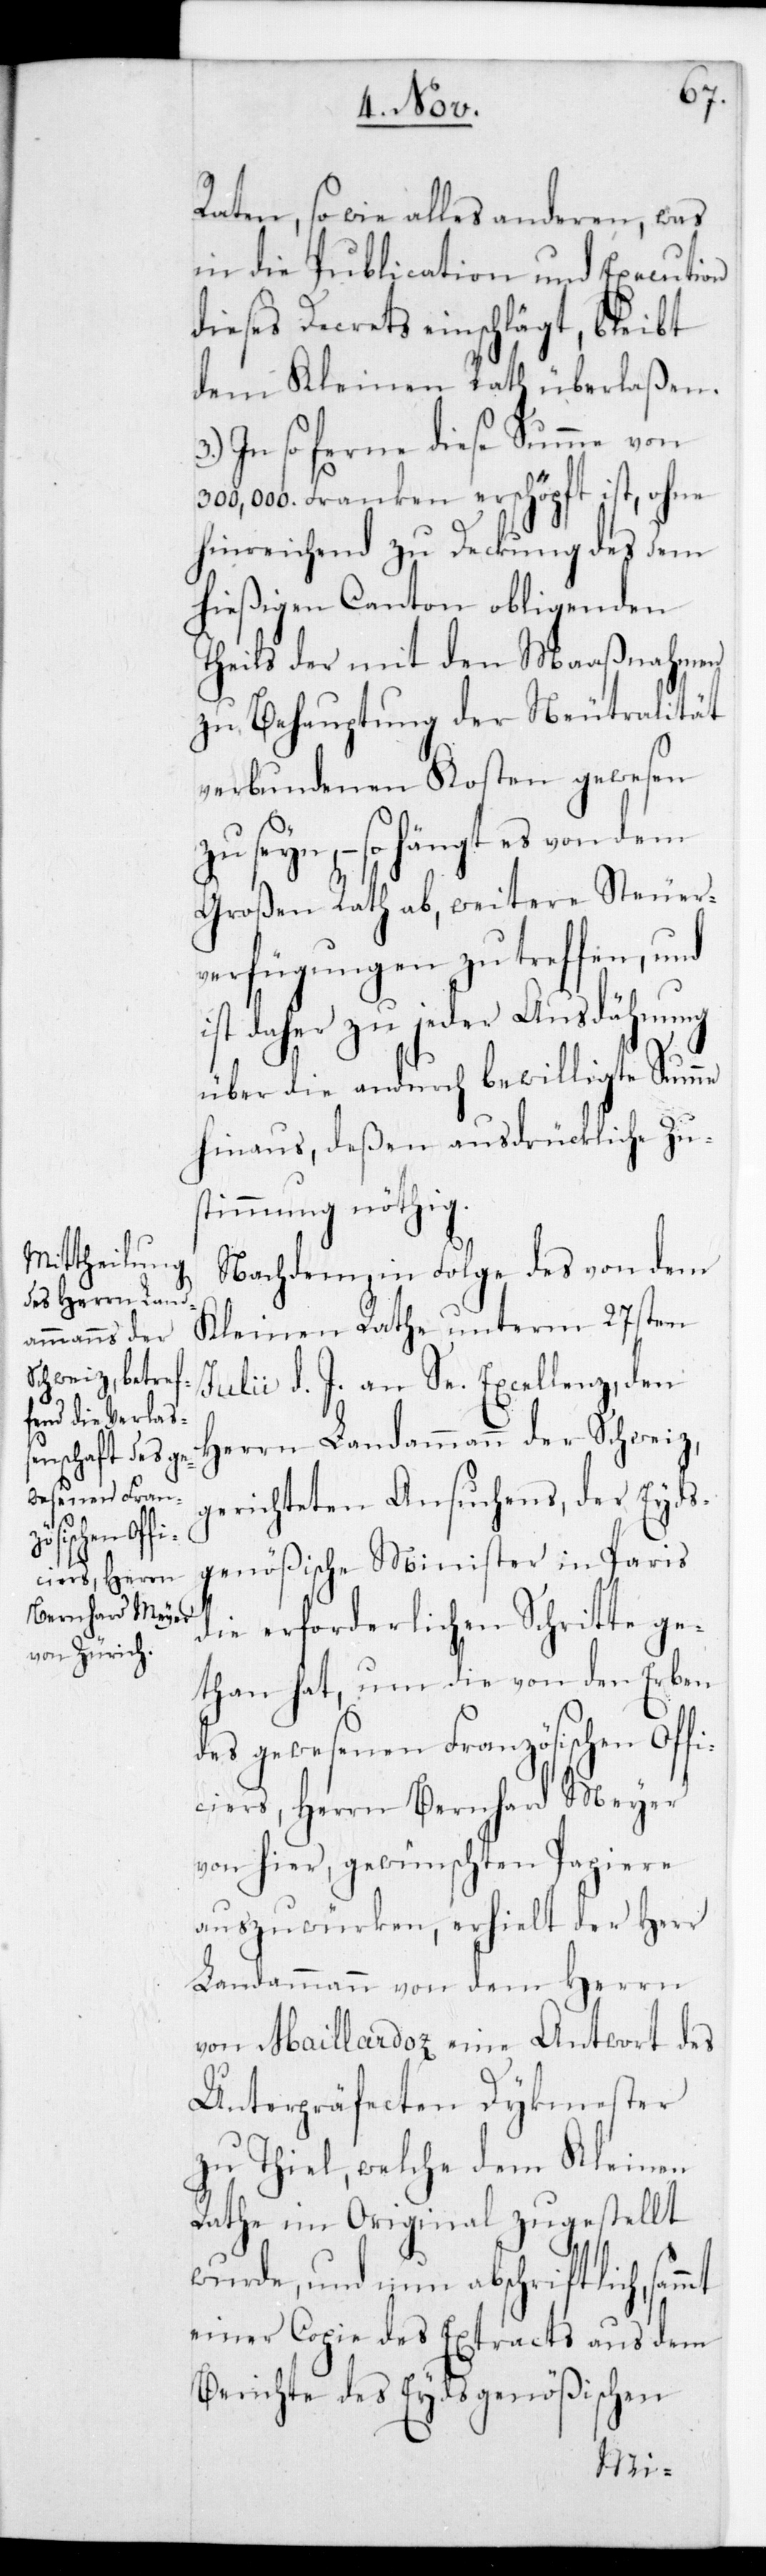
d¬
ficiers, Herrn
Bernhard Meyer

Raten sowie alles anderen, was
in die Publication und Execution
dieses Decrets einschlägt, bleibt
dem Kleinen Rath überlaßen.
In so ferne diese Summe von
300,000. Franken erschöpft ist, ohne
hinreichend zu Deckung des dem
hießigen Canton obligenden
Theils der mit den Maaßnahmen
zu Behauptung der Neutralität
verbundenen Kosten gewesen
seyn, – so hängt es von dem
Großen Rath ab, weitere Steuer¬
verfügungen zu treffen, und
ist daher zu jeder Ausdähnung
über die andurch bewilligte Summe
hinaus, deßen ausdrückliche Zu¬
stimmung nöthig.
Nachdem in Folge des von dem
Kleinen Rathe unterm 27sten
Julii d. J. an Se. Excellenz, den
Herrn Landammann der Schweiz,
gerichteten Ansuchens, der Eyds¬
genößische Minister in Paris
die erforderlichen Schritte ge¬
than hat, um die von den Erben
es gewesenen Französischen Of¬
von hier, gewünschten Papiere
auszuwürken, erhielt der Herr
Landammann von dem Herrn
von Maillardoz eine Antwort des
Unterpräfecten Dykmester
zu Thiel, welche dem Kleinen
Rathe im Original zugestellt
wurde, und nun abschriftlich
einer Copie des Extracts aus dem
Berichte des Eydsgenößischen